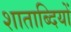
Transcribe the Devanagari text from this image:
शाताब्दियों